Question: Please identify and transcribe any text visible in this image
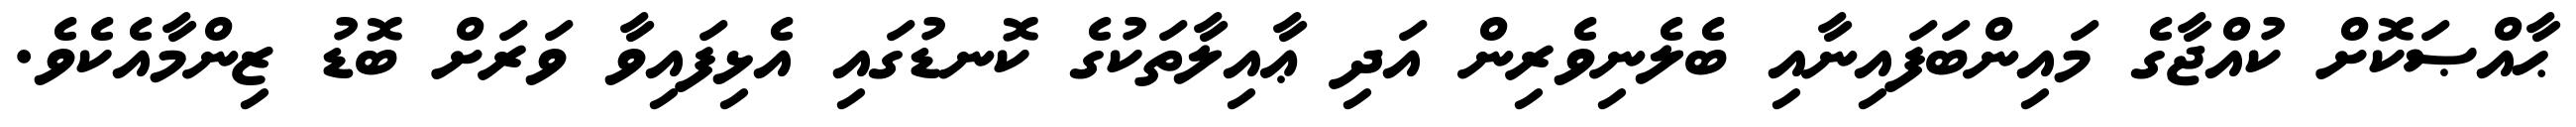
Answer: ޙާއްޞަކޮށް ކުއްޖާގެ މައިންބަފައިނާއި ބެލެނިވެރިން އަދި ޢާއިލާތަކުގެ ކޮނޑުގައި އެޅިފައިވާ ވަރަށް ބޮޑު ޒިންމާއެކެވެ.